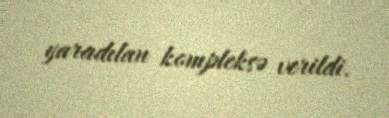
yaradılan kompleksə verildi.